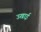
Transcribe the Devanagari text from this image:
उखाई